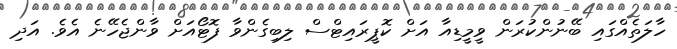
ހާލަތެއްގައި ބޭނުންކުރަން ވީމީޑިއާ އަށް ކޮޕީރައިޓްސް ލިބިގެންވާ ފޮޓޯއަށް ވާންޖެހޭނެ އެވެ. އަދި